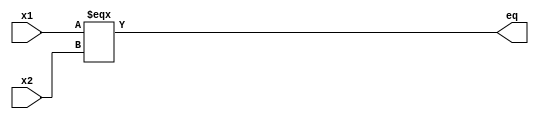
module eq_check (x1, x2, eq);
    parameter DSZ = 1;
    input [DSZ-1:0] x1;
    input [DSZ-1:0] x2;
    output eq;

    assign eq = (x1 === x2);
endmodule